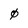
Character: 0